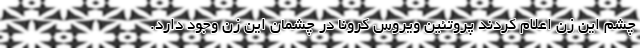
چشم این زن اعلام کردند پروتئین ویروس کرونا در چشمان این زن وجود دارد.